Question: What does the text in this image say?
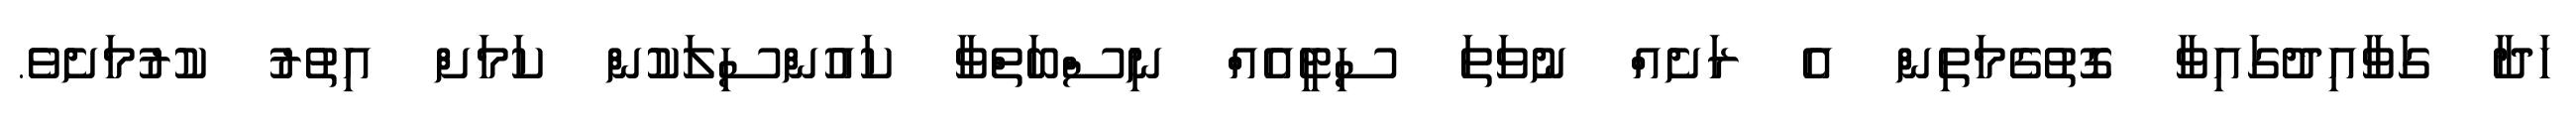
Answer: ހަދާ ގަވާއިދުގައިވާ ގޮތުގެމަތިން އެ ރަށެއް ނުވަތަ ސިޓީއެއް ނިސްބަތްވާ ކައުންސިލަކުން ކަމަށް އިތުރު ކުރުމަށެވެ.